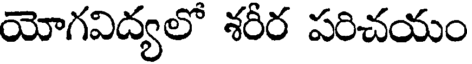
యోగవిద్యలో శరీర పరిచయం